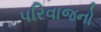
પરિવાજનો